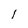
Character: 1